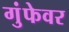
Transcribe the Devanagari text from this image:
गुंफेवर